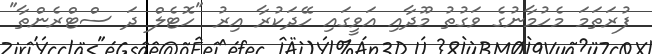
ފުރަތަމަ މެހުމާނުގެ ވަގުތު މޫދާއި އަވީގައި ހޭދަކުރާ އިރު "ހޮޓެލް ދަ ސްޓްރެންތާ"